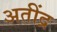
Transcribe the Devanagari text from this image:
अतींद्र